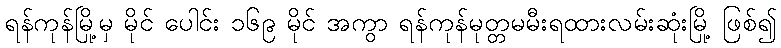
ရန်ကုန်မြို့မှ မိုင် ပေါင်း ၁၆၉ မိုင် အကွာ ရန်ကုန်မုတ္တမမီးရထားလမ်းဆုံးမြို့ ဖြစ်၍